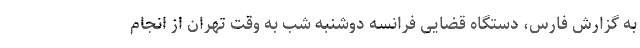
به گزارش فارس، دستگاه قضایی فرانسه دوشنبه شب به وقت تهران از انجام